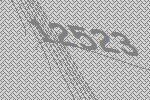
12523